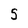
Character: 5